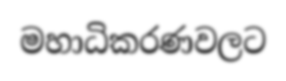
මහාධිකරණවලට